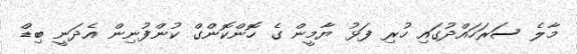
މާލެ ސަރަހައްދުގައި ހުރި ފަޅު ޔާމީން ގެ ހޮންކޮންގް ކުންފުނިން އެދަނީ ބިޑް